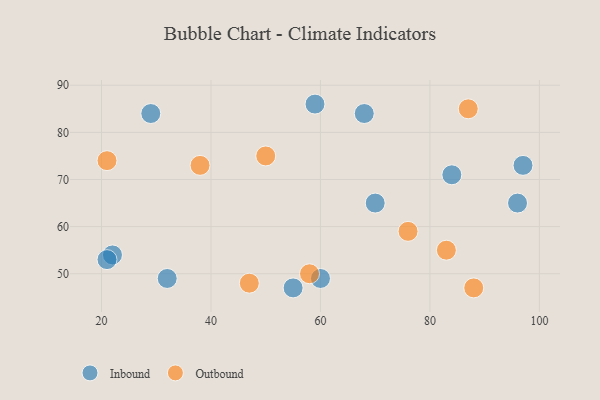
{"axis": {"x": "GDP", "y": "Life Expectancy"}, "legend": ["Inbound", "Outbound"], "data": [{"x": "22", "y": 54, "type": "Inbound"}, {"x": "97", "y": 73, "type": "Inbound"}, {"x": "29", "y": 84, "type": "Inbound"}, {"x": "59", "y": 86, "type": "Inbound"}, {"x": "55", "y": 47, "type": "Inbound"}, {"x": "84", "y": 71, "type": "Inbound"}, {"x": "70", "y": 65, "type": "Inbound"}, {"x": "96", "y": 65, "type": "Inbound"}, {"x": "68", "y": 84, "type": "Inbound"}, {"x": "21", "y": 53, "type": "Inbound"}, {"x": "60", "y": 49, "type": "Inbound"}, {"x": "32", "y": 49, "type": "Inbound"}, {"x": "38", "y": 73, "type": "Outbound"}, {"x": "88", "y": 47, "type": "Outbound"}, {"x": "83", "y": 55, "type": "Outbound"}, {"x": "58", "y": 50, "type": "Outbound"}, {"x": "76", "y": 59, "type": "Outbound"}, {"x": "50", "y": 75, "type": "Outbound"}, {"x": "47", "y": 48, "type": "Outbound"}, {"x": "21", "y": 74, "type": "Outbound"}, {"x": "87", "y": 85, "type": "Outbound"}]}